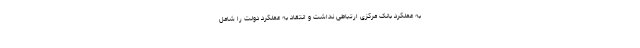
به عملکرد بانک مرکزی ارتباطی نداشت و انتقاد به عملکرد دولت را شامل